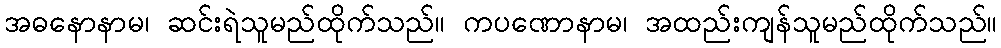
အဓနောနာမ၊ ဆင်းရဲသူမည်ထိုက်သည်။ ကပဏောနာမ၊ အထည်းကျန်သူမည်ထိုက်သည်။